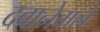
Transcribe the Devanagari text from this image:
दबानेवाले